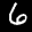
Label: 6